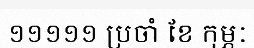
១១១១១ ប្រចាំ ខែ កុម្ភៈ